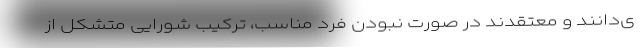
ی‌دانند و معتقدند در صورت نبودن فرد مناسب، ترکیب شورایی متشکل از